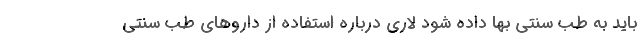
باید به طب سنتی بها داده شود لاری درباره استفاده از داروهای طب سنتی